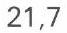
21,7